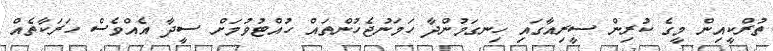
ތުރްކީއިން މީގެ ކުރިން ސީރިއާގައި ހިނގަމުންދާ ހަމަނުޖެހުންތައް ހުއްޓުވުމަށް ސީދާ އެއްވެސް ހަރަކާތެއް